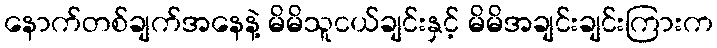
နောက်တစ်ချက်အနေနဲ့ မိမိသူငယ်ချင်းနှင့် မိမိအချင်းချင်းကြားက